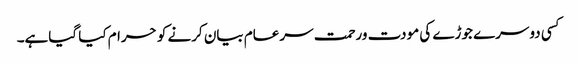
کسی دوسرے جوڑے کی مودت ورحمت سرعام بیان کرنے کو حرام کیا گیاہے۔